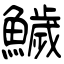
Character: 鱥